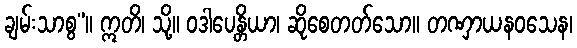
ချမ်းသာစွ”။ ဣတိ၊ သို့။ ဝဒါပေန္တိယာ၊ ဆိုစေတတ်သော။ တဏှာယနဝသေန၊